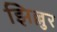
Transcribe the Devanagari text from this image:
झिल्लुर